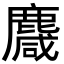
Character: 麙